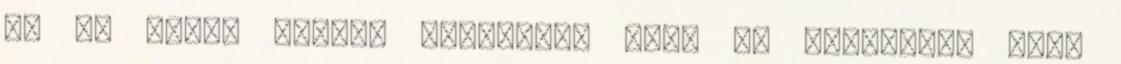
ma is közös sírban nyugszik. Róla és társairól szól